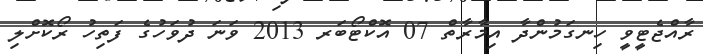
ރާއްޖެޓީވީ ހިނގަމުންދާ އިމާރާތް 07 އޮކްޓޯބަރ 2013 ވަނަ ދުވަހުގެ ފަތިހު ރޯކޮށްލި